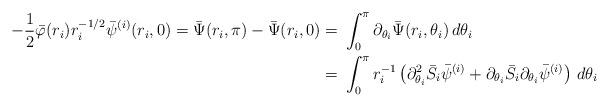
LaTeX: \begin{align*}-\frac{1}{2}\bar{\varphi}(r_i)r_i^{-1/2}\bar{\psi}^{(i)}(r_i,0) = \bar{\Psi}(r_i,\pi) - \bar{\Psi}(r_i,0) = &\ \int_0^{\pi}\partial_{\theta_i}\bar{\Psi}(r_i, \theta_i)\,d\theta_i \\= &\ \int_0^{\pi}r_i^{-1}\left(\partial_{\theta_i}^2\bar{S}_i \bar{\psi}^{(i)} + \partial_{\theta_i}\bar{S}_i \partial_{\theta_i} \bar{\psi}^{(i)} \right)\,d\theta_i \end{align*}